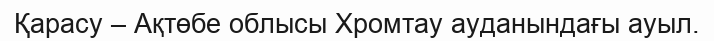
Қарасу – Ақтөбе облысы Хромтау ауданындағы ауыл.